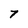
Character: 7